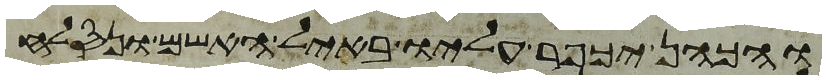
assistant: והכהן יכפר עליו באיל האשם ונסלח